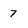
Character: 7